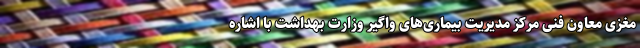
مغزی معاون فنی مرکز مدیریت بیماری‌های واگیر وزارت بهداشت با اشاره